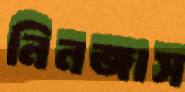
নিনজাস